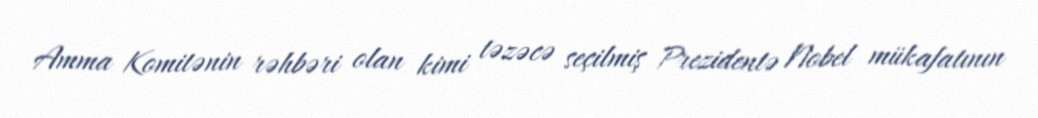
Amma Komitənin rəhbəri olan kimi təzəcə seçilmiş Prezidentə Nobel mükafatının